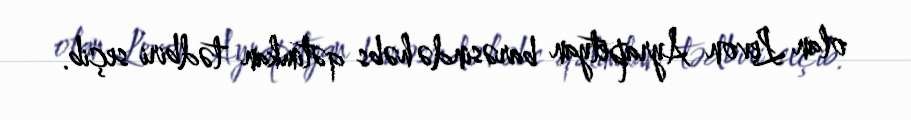
olan Levon Ayrapetyan barəsində həbs qətimkan tədbiri seçib.